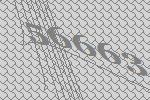
56663